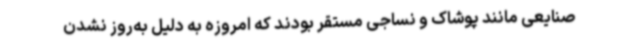
صنایعی مانند پوشاک و نساجی مستقر بودند که امروزه به دلیل به‌روز نشدن